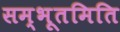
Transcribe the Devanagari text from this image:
सम्भूतमिति